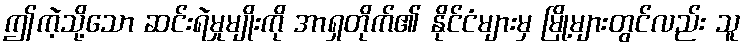
ဤကဲ့သို့သော ဆင်းရဲမှုမျိုးကို အာရှတိုက်၏ နိုင်ငံများမှ မြို့များတွင်လည်း သူ